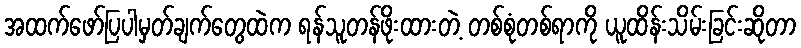
အထက်ဖော်ပြပါမှတ်ချက်တွေထဲက ရန်သူတန်ဖိုးထားတဲ့ တစ်စုံတစ်ရာကို ယူထိန်းသိမ်းခြင်းဆိုတာ